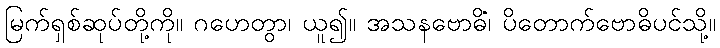
မြက်ရှစ်ဆုပ်တို့ကို။ ဂဟေတွာ၊ ယူ၍။ အသနဗောဓိံ၊ ပိတောက်ဗောဓိပင်သို့။